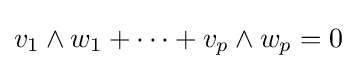
v_{1}\wedge w_{1}+\cdots +v_{p}\wedge w_{p}=0